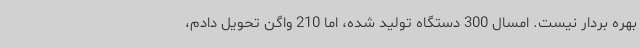
بهره بردار نیست. امسال 300 دستگاه تولید شده، اما 210 واگن تحویل دادم،